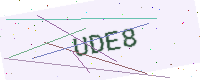
Text: UDE8